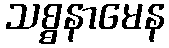
သစ္စနာမေန